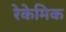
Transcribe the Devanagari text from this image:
रेकेमिक